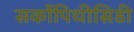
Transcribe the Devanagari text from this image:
सर्कोपिथीसिडी